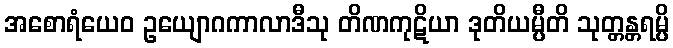
အစောရံယေဝ ဥယျောဂကာလာဒီသု တိဏကုဋိယာ ဒုတိယမ္ပီတိ သုတ္တန္တရမ္ပိ